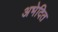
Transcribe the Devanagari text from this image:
अभेदित